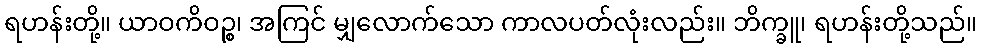
ရဟန်းတို့။ ယာဝကိဝဉ္စ၊ အကြင် မျှလောက်သော ကာလပတ်လုံးလည်း။ ဘိက္ခူ၊ ရဟန်းတို့သည်။